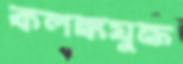
কলঙ্কযুক্ত